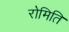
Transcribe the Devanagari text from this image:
रोमिति